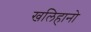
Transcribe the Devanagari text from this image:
खलिहानो